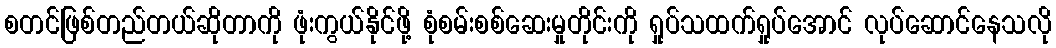
စတင်ဖြစ်တည်တယ်ဆိုတာကို ဖုံးကွယ်နိုင်ဖို့ စုံစမ်းစစ်ဆေးမှုတိုင်းကို ရှုပ်သထက်ရှုပ်အောင် လုပ်ဆောင်နေသလို